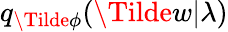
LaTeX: q_{\Tilde{\phi}}(\Tilde{w}|\lambda)